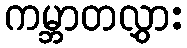
ကမ္ဘာတလွှား